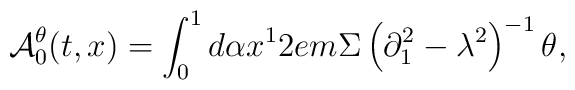
{\cal A}_0^\theta  (t,x) =   \int_0^1 {d\alpha x^1 } 2em\Sigma\left( {\partial _1^2  - \lambda ^2 } \right)^{ - 1} \theta ,